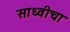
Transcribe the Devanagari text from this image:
साध्वीचा